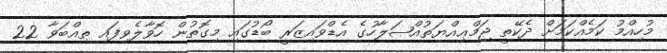
މުހިއްމު ކަމެއްކަމަށް ދެކޭތީ ޖަމްޢިއްޔަތުއްޞަލާހުގެ އެޑްވައިޒަރީ ބޯޑުގައި މިގޮތުން ހޮވާލެވިފައި ތިއްބަވާ 22